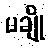
မချို